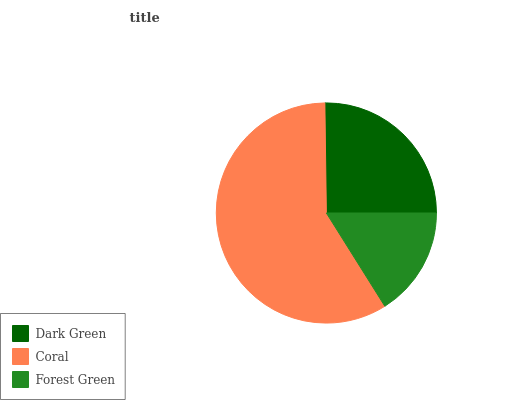
| Dark Green | Coral | Forest Green |
 | --- | --- | --- |
 | 25.2% | 58.8% | 16.1% |